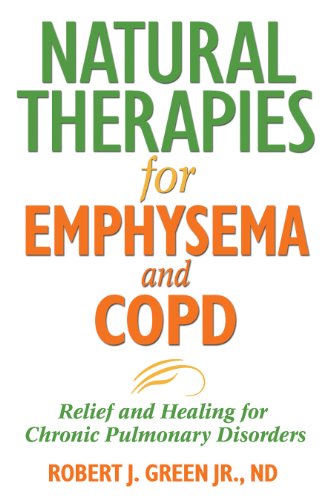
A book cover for Natural Therapies for Emphysema and COPD: Relief and Healing for Chronic Pulmonary Disorders; Robert J. Green Jr.; Health, Fitness & Dieting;